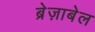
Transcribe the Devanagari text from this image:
ब्रेज़ाबेल